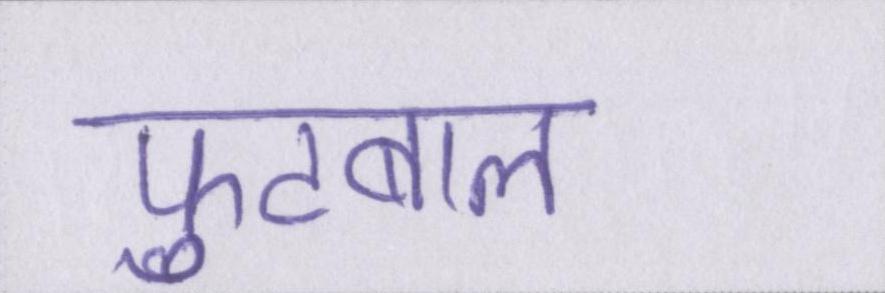
फुटबाल